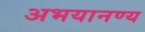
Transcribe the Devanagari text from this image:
अभयानण्‍य